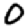
Digit: 0